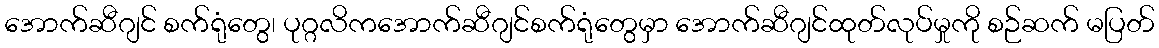
အောက်ဆီဂျင် စက်ရုံတွေ၊ ပုဂ္ဂလိကအောက်ဆီဂျင်စက်ရုံတွေမှာ အောက်ဆီဂျင်ထုတ်လုပ်မှုကို စဉ်ဆက် မပြတ်